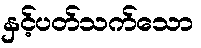
နှင့်ပတ်သက်သော